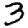
Digit: 3